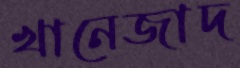
খানেজাদ